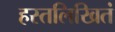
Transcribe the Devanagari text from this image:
हस्तलिखितं